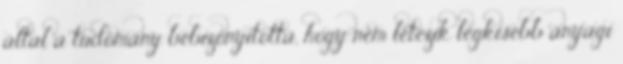
által a tudomány bebizonyította, hogy nem létezik legkisebb anyagi